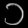
Digit: ၁